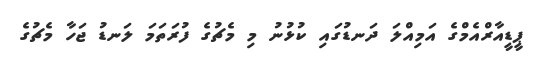
ޕީޑީއާރްއެމްގެ އަމިއްލަ ދަނޑުގައި ކުޅުނު މި މެޗުގެ ފުރަތަމަ ލަނޑު ޖަހާ މެޗުގެ